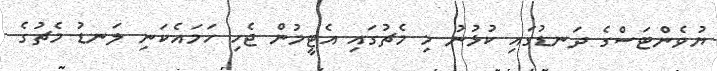
ޔުވެންޓަސްގެ ދަނޑުގައި ކުޅުނު މި މެޗުގައި އެޓީމުން ޖެހި ހަމައެކަނި ލަނޑު މެޗުގެ